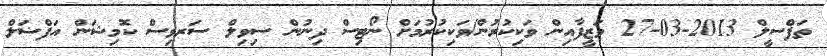
ތަފްސީލް 2013-03-27 ވަޒީފާއިން ވަކިކުރުން/ވަކިކުރުމަށް ނޯޓިސް ދިނުން ސިވިލް ސަރވިސް ކޮމިޝަން އަފްޟަލް